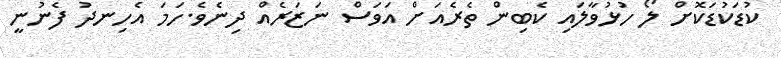
ކުޑަކުޑަކޮށް ލޯ ހުޅުވާލައި ކެބިން ތެރެއަށް އަވަސް ނަޒަރެއް ދިނެވެ.ހަމަ އެހިނދު ފެނުނީ